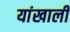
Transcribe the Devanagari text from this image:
यांखाली